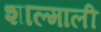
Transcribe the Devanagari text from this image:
शाल्माली